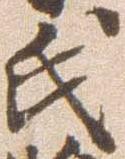
氏